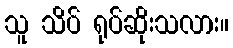
သူ သိပ် ရုပ်ဆိုးသလား။